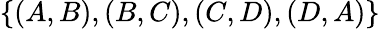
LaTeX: \{ (A,B),(B,C),(C,D),(D,A)\}